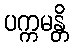
ပက္ကမန္တိ